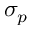
\sigma _ { p }